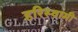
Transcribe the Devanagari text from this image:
हरिस्वामी